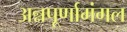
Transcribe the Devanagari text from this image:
अन्नपूर्णामंगल